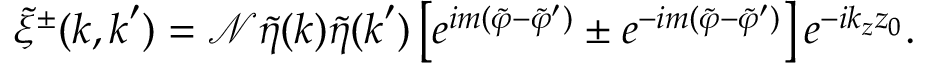
\tilde { \xi } ^ { \pm } ( \boldsymbol { k } , \boldsymbol { k } ^ { \prime } ) = \mathcal { N } \tilde { \eta } ( \boldsymbol { k } ) \tilde { \eta } ( \boldsymbol { k } ^ { \prime } ) \left[ e ^ { i m ( \tilde { \varphi } - \tilde { \varphi } ^ { \prime } ) } \pm e ^ { - i m ( \tilde { \varphi } - \tilde { \varphi } ^ { \prime } ) } \right] e ^ { - i k _ { z } z _ { 0 } } .